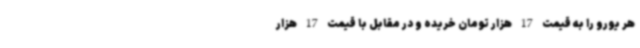
هر یورو را به قیمت 17 هزار تومان خریده و در مقابل با قیمت 17 هزار